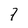
Character: 7